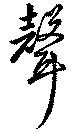
声